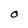
Character: O